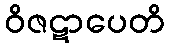
ဝိဇဋာပေတိ